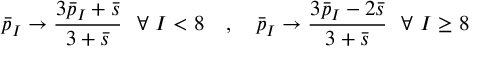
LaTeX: \bar { p } _ { I } \to { \frac { 3 \bar { p } _ { I } + \bar { s } } { 3 + \bar { s } } } \ \ \forall \ I < 8 \quad , \quad \bar { p } _ { I } \to { \frac { 3 \bar { p } _ { I } - 2 \bar { s } } { 3 + \bar { s } } } \ \ \forall \ I \geq 8